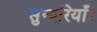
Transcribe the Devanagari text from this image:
सुन्दरियाँ।